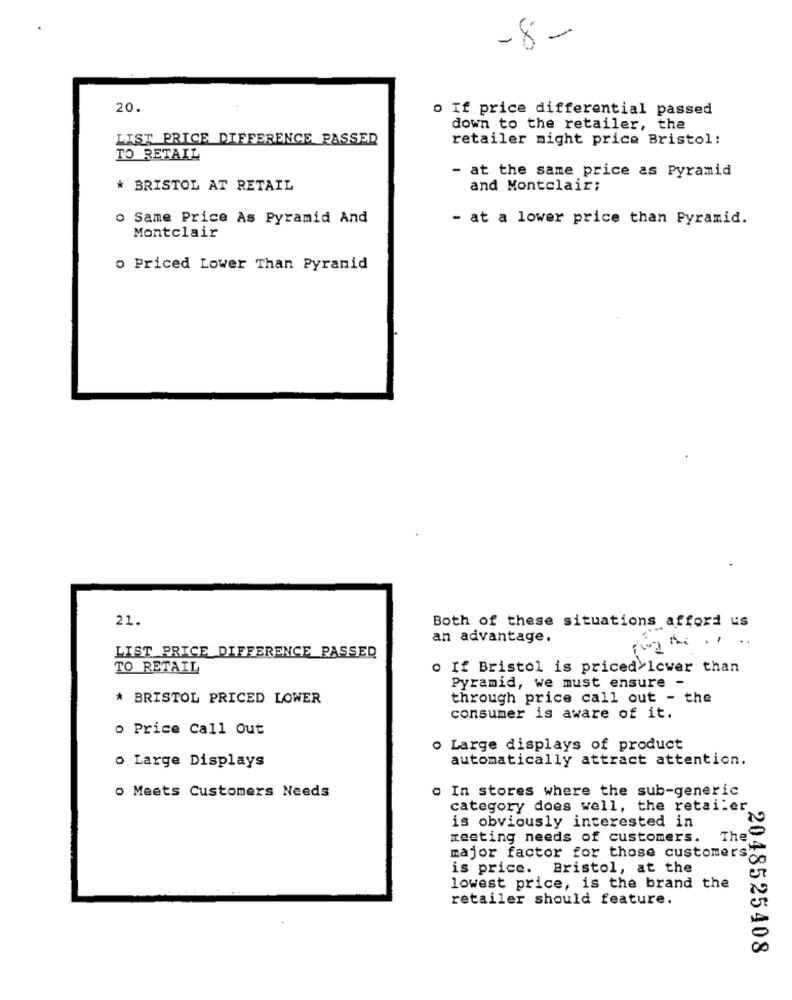
-8-
20.
o If price differential passed
down to the retailer, the
LIST PRICE DIFFERENCE PASSED
retailer might price Bristol:
TO RETAIL
- at the same price as Pyramid
* BRISTOL AT RETAIL
and Montclair;
o Same Price As Pyramid And
- at a lower price than Pyramid.
Montclair
o Priced Lower Than Pyranid
21.
Both of these situations afford us
an advantage.
LIST PRICE DIFFERENCE PASSED
TO RETAIL
o If Bristol is priced lower than
Pyramid, we must ensure -
* BRISTOL PRICED LOWER
through price call out - the
consumer is aware of it.
o Price Call Out
o Large displays of product
automatically attract attention.
o Large Displays
o Meets Customers Needs
. In stores where the sub-generic
category does well, the retailer
is obviously interested in
meeting needs of customers.
The
major factor for those customers
is price. Bristol, at the
lowest price, is the brand the
retailer should feature.
2048525408